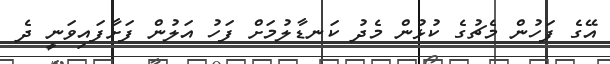
އޭގެ ފަހުން މެޗުގެ ކުޅުން މެދު ކަނޑާލުމަށް ފަހު އަލުން ފަށާފައިވަނީ ދެ